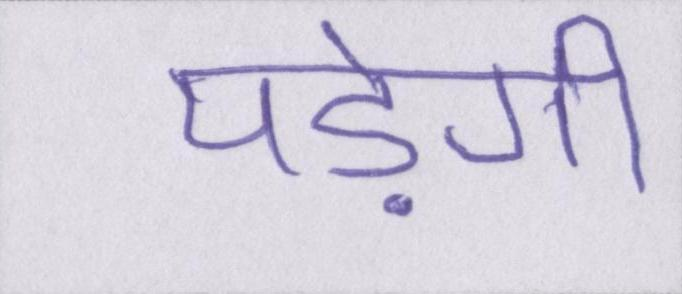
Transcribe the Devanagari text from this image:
पड़ेगी